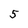
Character: 5